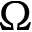
\Omega